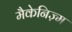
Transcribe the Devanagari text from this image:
मैकेनिज़्म